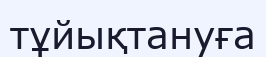
тұйықтануға